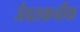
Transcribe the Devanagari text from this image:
जैवतकनीक